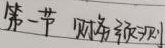
第一节 财务预测